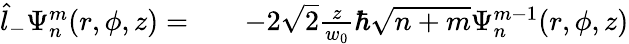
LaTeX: \begin{array}{rlr}{\hat{l}_{-}\Psi_{n}^{m}(r,\phi,z)=}&{{}}&{-2\sqrt{2}\frac{z}{w_{0}}\hbar\sqrt{n+m}\Psi_{n}^{m-1}(r,\phi,z)}\end{array}